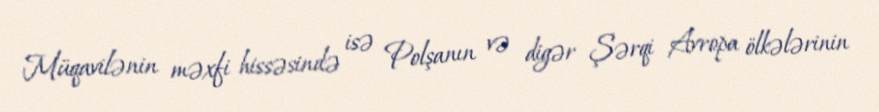
Müqavilənin məxfi hissəsində isə Polşanın və digər Şərqi Avropa ölkələrinin